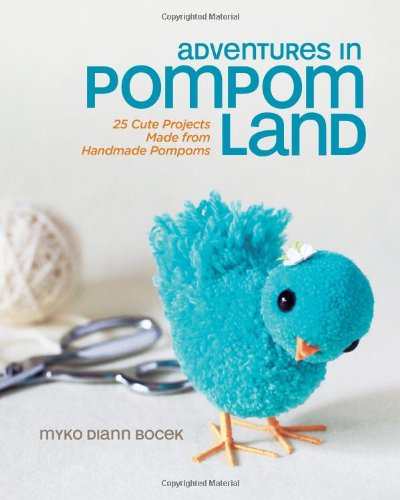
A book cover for Adventures in Pompom Land: 25 Cute Projects Made from Handmade Pompoms; Myko Diann Bocek; Crafts, Hobbies & Home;